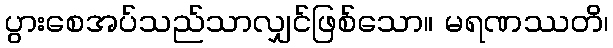
ပွားစေအပ်သည်သာလျှင်ဖြစ်သော။ မရဏဿတိ၊